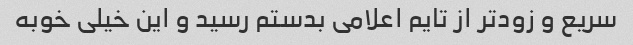
سریع و زودتر از تایم اعلامی بدستم رسید و این خیلی خوبه